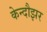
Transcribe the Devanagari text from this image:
केन्दौझर